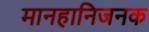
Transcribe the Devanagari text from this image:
मानहानिजनक